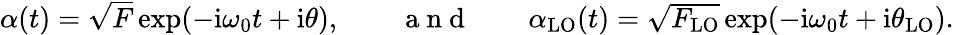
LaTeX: \begin{array}{r}{\alpha(t)=\sqrt{F}\exp(-\mathrm{i}\omega_{0}t+\mathrm{i}\theta),\qquad\mathrm{~a~n~d~}\qquad\alpha_{\mathrm{LO}}(t)=\sqrt{F_{\mathrm{LO}}}\exp(-\mathrm{i}\omega_{0}t+\mathrm{i}\theta_{\mathrm{LO}}).}\end{array}